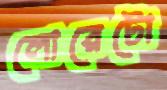
লোরেটো